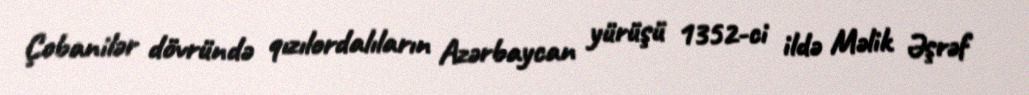
Çobanilər dövründə qızılordalıların Azərbaycan yürüşü 1352-ci ildə Məlik Əşrəf